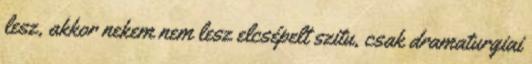
lesz, akkor nekem nem lesz elcsépelt szitu, csak dramaturgiai